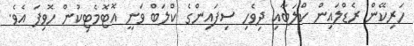
ހަރިކޭން ރެޑްލައިން ކްލަބާއި ދިވެހި ސިފައިންގެ ކްލަބް ވަނީ އޮޓޮމެޓިކުން ހޮވިފަ އެވެ.